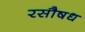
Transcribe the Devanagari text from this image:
रसौषध